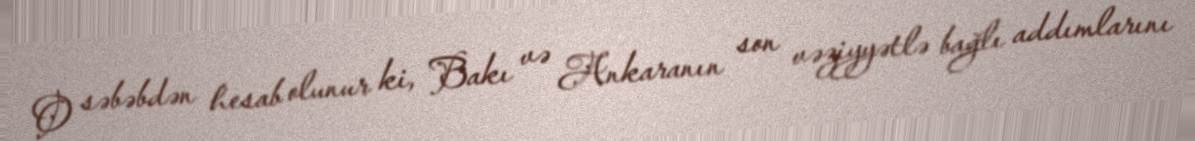
O səbəbdən hesab olunur ki, Bakı və Ankaranın son vəziyyətlə bağlı addımlarını